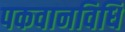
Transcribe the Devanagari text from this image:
पकवानविधि